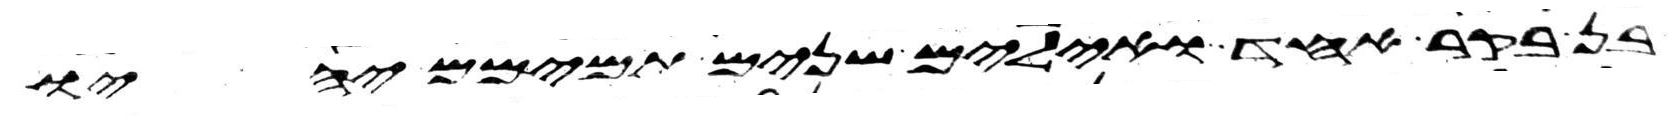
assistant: בן בקר אחד ואילים שנים תמימם יהיו